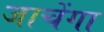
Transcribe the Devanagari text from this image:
जाचेंगा